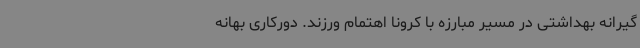
گیرانه بهداشتی در مسیر مبارزه با کرونا اهتمام ورزند. دورکاری بهانه